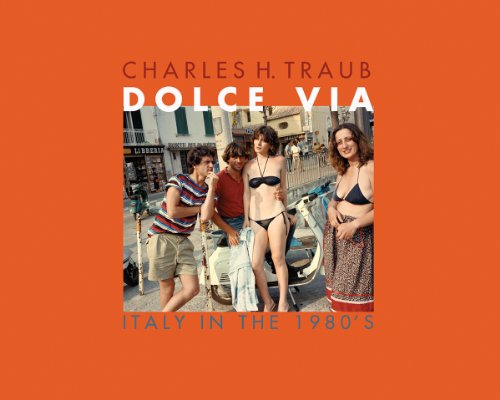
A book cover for Dolce Via: Italy in the 1980s - Photographs; Arts & Photography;